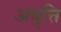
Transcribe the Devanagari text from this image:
अवृत्ति